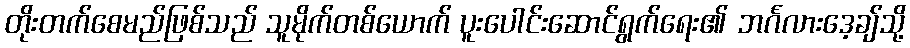
တိုးတက်စေမည်ဖြစ်သည် သူမိုက်တစ်ယောက် ပူးပေါင်းဆောင်ရွက်ရေး၏ ဘင်္ဂလားဒေ့ချ်သို့